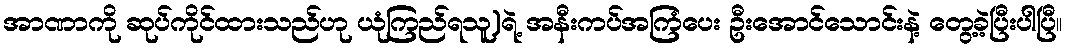
အာဏာကို ဆုပ်ကိုင်ထားသည်ဟု ယုံကြည်ရသူ)ရဲ့ အနီးကပ်အကြံပေး ဦးအောင်သောင်းနဲ့ တွေ့ခဲ့ပြီးပါပြီ။